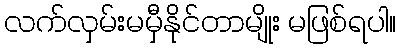
လက်လှမ်းမမှီနိုင်တာမျိုး မဖြစ်ရပါ။